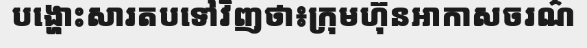
បង្ហោះសារតបទៅវិញថា៖ក្រុមហ៊ុនអាកាសចរណ៌